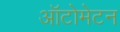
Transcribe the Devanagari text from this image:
ऑटोमेटन